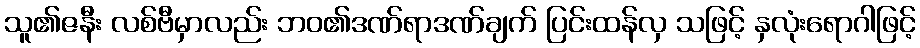
သူ၏ဇနီး လစ်ဗီမှာလည်း ဘဝ၏ဒဏ်ရာဒဏ်ချက် ပြင်းထန်လှ သဖြင့် နှလုံးရောဂါဖြင့်